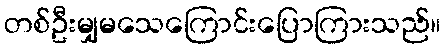
တစ်ဦးမျှမသေကြောင်းပြောကြားသည်။